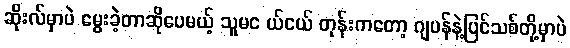
ဆိုးလ်မှာပဲ မွေးခဲ့တာဆိုပေမယ့် သူမင ယ်ငယ် တုန်းကတော့ ဂျပန်နဲ့ပြင်သစ်တို့မှာပဲ